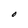
Character: O